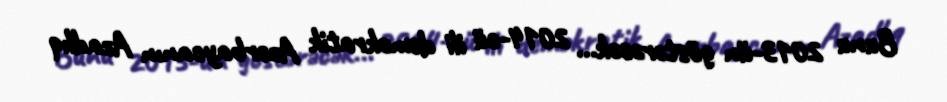
Bunu 2013-ün göstərəcək... 2014-cü ili demokratik Azərbaycanın Azadlıq